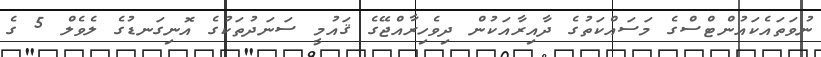
ނުވަތައެކައުންޓްސްގެ މަސައްކަތުގެ ދާއިރާއަކުން ދިވެހިރާއްޖޭގެ ޤައުމީ ސަނަދުތަކުގެ އޮނިގަނޑުގެ ލެވެލް 5 ގެ